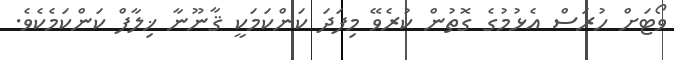
ވޯޓަށް ހުރަސް އެޅުމުގެ ގޮތުން ކުރެވޭ މިފަދަ ކަންކަމަކީ ޤާނޫނާ ޚިލާފް ކަންކަމެކެވެ.